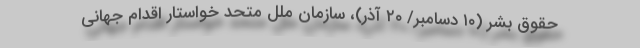
حقوق بشر (۱۰ دسامبر/ ۲۰ آذر)، سازمان ملل متحد خواستار اقدام جهانی